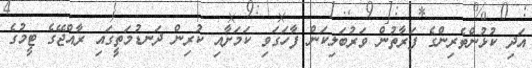
އަދި ކުޅުންތެރިންގެ ފަރާތުން ވަރުބަލިކަން ފާހަގަވި ކަމަށާއި ކުރިން ދަނޑުމަތީގައި ރާއްޖޭގެ ޓީމުގެ